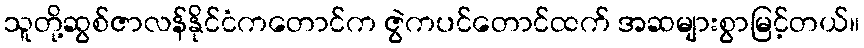
သူတို့ဆွစ်ဇာလန်နိုင်ငံကတောင်က ဇွဲကပင်တောင်ထက် အဆများစွာမြင့်တယ်။